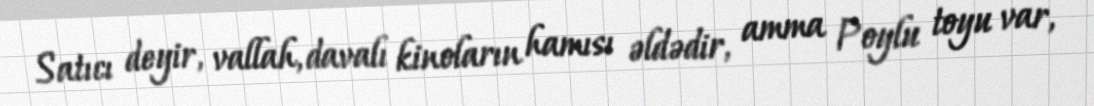
Satıcı deyir, vallah, davalı kinoların hamısı əldədir, amma Poylu toyu var,